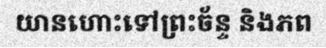
យានហោះទៅព្រះច័ន្ទ និងភព